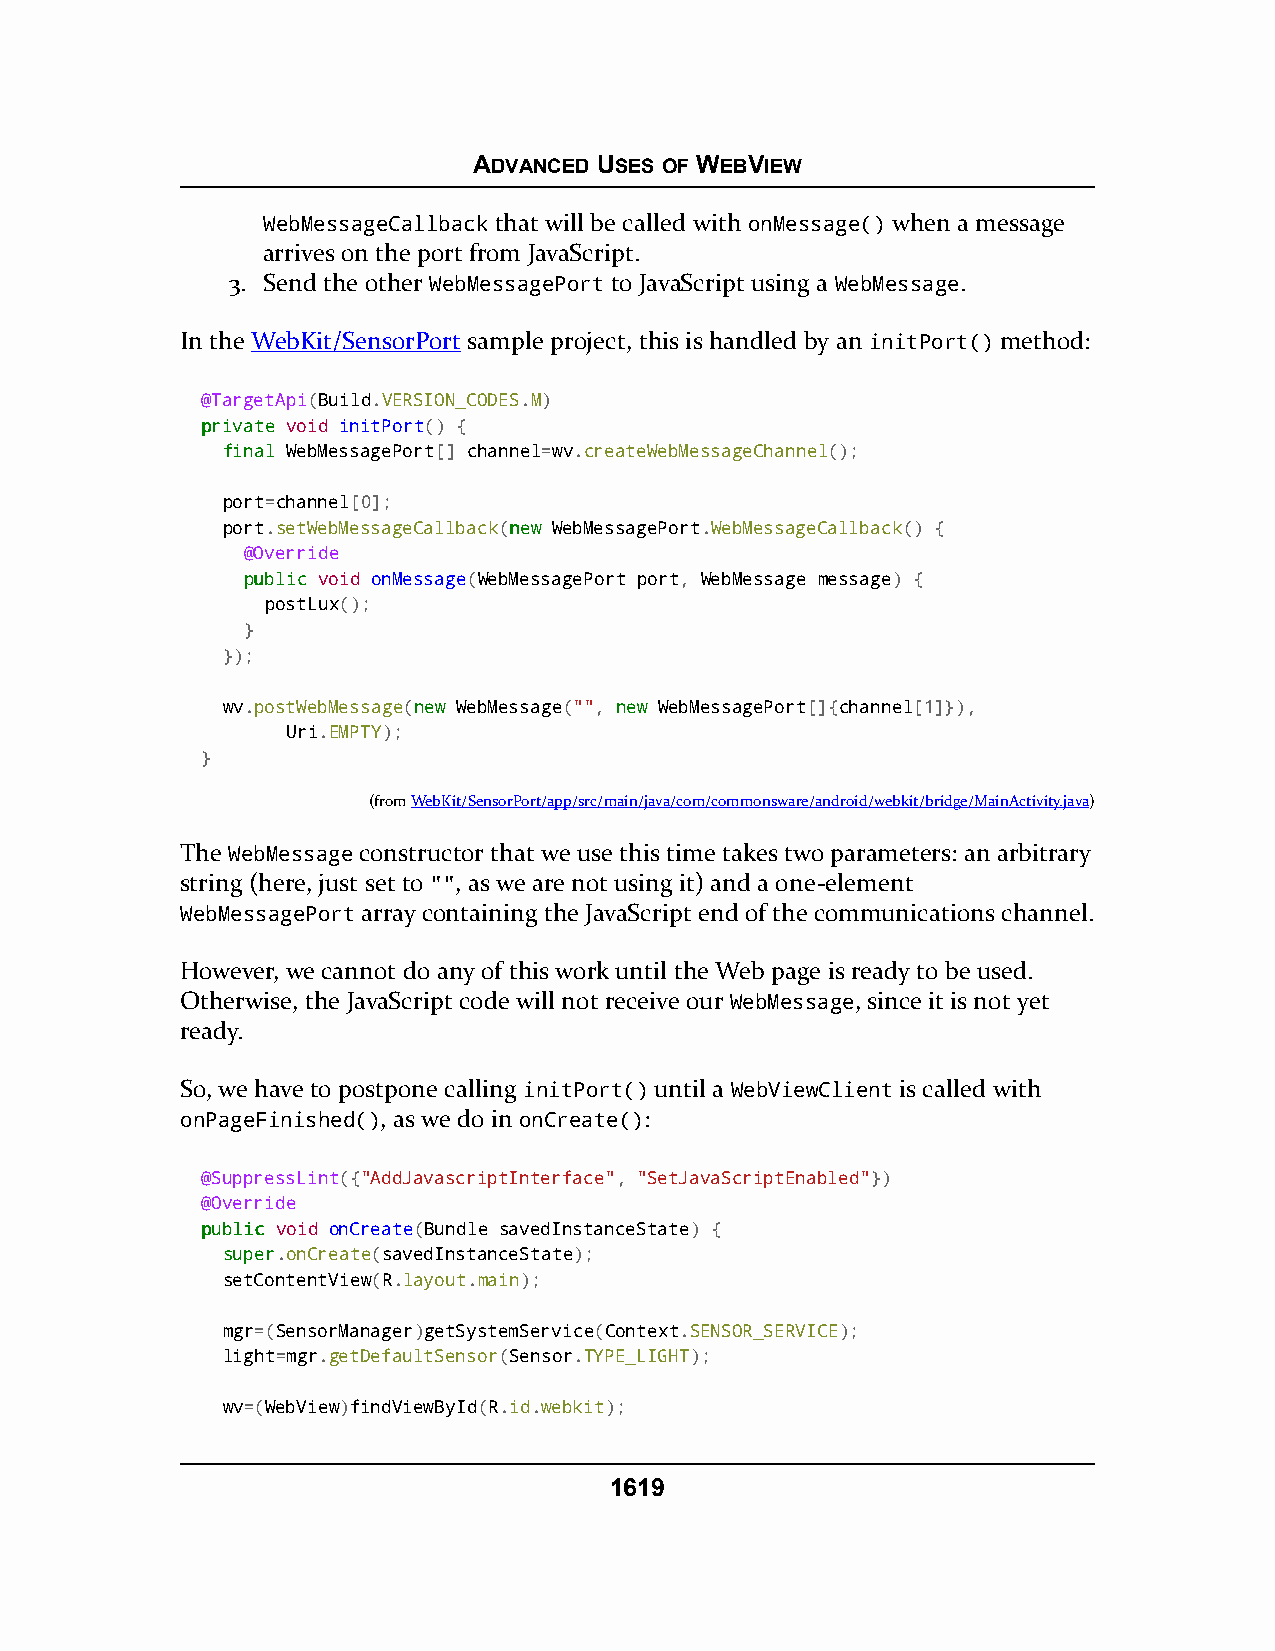
ADVANCED USES OF WEBVIEW
 WebMessageCallback that will be called with onMessage() when a message
 arrives on the port from JavaScript.
 3. Send the other WebMessagePort to JavaScript using a WebMessage.
 In the WebKit/SensorPort sample project, this is handled by an initPort() method:
 @TargetApi(Build.VERSION_CODES.M)
 pprriivvaattee void initPort() {
 ffiinnaall WebMessagePort[] channel=wv.createWebMessageChannel();
 port=channel[0];
 port.setWebMessageCallback(nneeww WebMessagePort.WebMessageCallback() {
 @Override
 ppuubblliicc void onMessage(WebMessagePort port, WebMessage message) {
 postLux();
 }
 });
 wv.postWebMessage(nneeww WebMessage("", nneeww WebMessagePort[]{channel[1]}),
 Uri.EMPTY);
 }
 (fromWebKit/SensorPort/app/src/main/java/com/commonsware/android/webkit/bridge/MainActivity.java)
 The WebMessage constructor that we use this time takes two parameters: an arbitrary
 string (here, just set to "", as we are not using it) and a one-element
 WebMessagePort array containing the JavaScript end of the communications channel.
 However, we cannot do any of this work until the Web page is ready to be used.
 Otherwise, the JavaScript code will not receive our WebMessage, since it is not yet
 ready.
 So, we have to postpone calling initPort() until a WebViewClient is called with
 onPageFinished(), as we do in onCreate():
 @SuppressLint({"AddJavascriptInterface", "SetJavaScriptEnabled"})
 @Override
 ppuubblliicc void onCreate(Bundle savedInstanceState) {
 ssuuppeerr.onCreate(savedInstanceState);
 setContentView(R.layout.main);
 mgr=(SensorManager)getSystemService(Context.SENSOR_SERVICE);
 light=mgr.getDefaultSensor(Sensor.TYPE_LIGHT);
 wv=(WebView)findViewById(R.id.webkit);
 1619